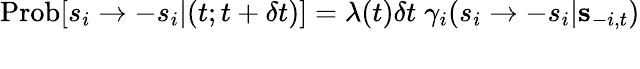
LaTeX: \begin{array}{r}{\textrm{Prob}[s_{i}\to-s_{i}|(t;t+\delta t)]=\lambda(t)\delta t\; \gamma_{i}(s_{i}\to-s_{i}\vert{\mathbf s}_{-i,t})}\\ {\; }\end{array}